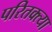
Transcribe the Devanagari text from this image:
परितक्त्या